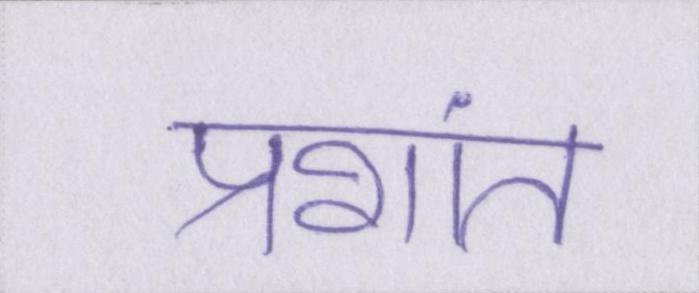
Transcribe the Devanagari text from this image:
प्रशांत